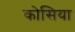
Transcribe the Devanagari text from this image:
कोसिया